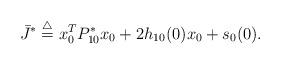
LaTeX: \begin{align*} \bar{J}^{*}\overset{\triangle}{=}x_{0}^{T}P_{1 0}^{*}x_{0}+2h_{10}(0)x_{0}+s_{0}(0).\end{align*}